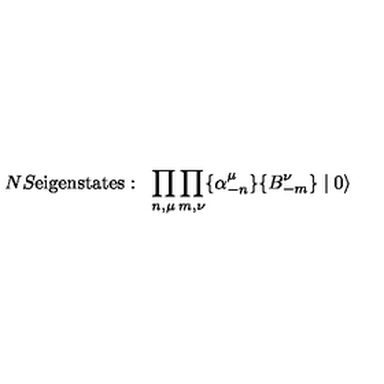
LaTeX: N S \mathrm { e i g e n s t a t e s : } \: \: \: \prod _ { n , \mu } \prod _ { m , \nu } \{ \alpha _ { - n } ^ { \mu } \} \{ B _ { - m } ^ { \nu } \} \mid 0 \rangle